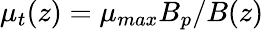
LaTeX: \mu_{t}(z)=\mu_{max}B_{p}/B(z)